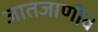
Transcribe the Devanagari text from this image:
जातजाणीव